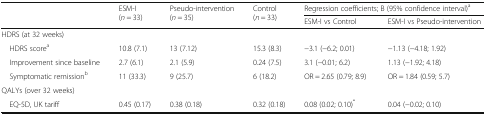
<table><thead><tr><td rowspan="2"></td><td rowspan="2"><b>ESM-I (<i>n</i> = 33)</b></td><td rowspan="2"><b>Pseudo-intervention (<i>n</i> = 35)</b></td><td rowspan="2"><b>Control (<i>n</i> = 33)</b></td><td colspan="2"><b>Regression coefficients; B (95% confidence interval)<sup>a</sup></b></td></tr><tr><td><b>ESM-I vs Control</b></td><td><b>ESM-I vs Pseudo-intervention</b></td></tr></thead><tbody><tr><td colspan="6">HDRS (at 32 weeks)</td></tr><tr><td> HDRS score<sup>a</sup></td><td>10.8 (7.1)</td><td>13 (7.12)</td><td>15.3 (8.3)</td><td>−3.1 (−6.2; 0.01)</td><td>−1.13 (−4.18; 1.92)</td></tr><tr><td> Improvement since baseline</td><td>2.7 (6.1)</td><td>2.1 (5.9)</td><td>0.24 (7.5)</td><td>3.1 (−0.01; 6.2)</td><td>1.13 (−1.92; 4.18)</td></tr><tr><td> Symptomatic remission<sup>b</sup></td><td>11 (33.3)</td><td>9 (25.7)</td><td>6 (18.2)</td><td>OR = 2.65 (0.79; 8.9)</td><td>OR = 1.84 (0.59; 5.7)</td></tr><tr><td colspan="6">QALYs (over 32 weeks)</td></tr><tr><td> EQ-5D, UK tariff</td><td>0.45 (0.17)</td><td>0.38 (0.18)</td><td>0.32 (0.18)</td><td>0.08 (0.02; 0.10)<sup>*</sup></td><td>0.04 (−0.02; 0.10)</td></tr></tbody></table>